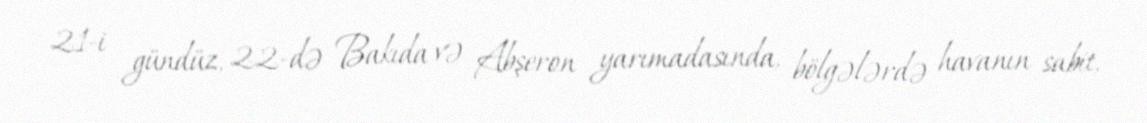
21-i gündüz, 22-də Bakıda və Abşeron yarımadasında, bölgələrdə havanın sabit,